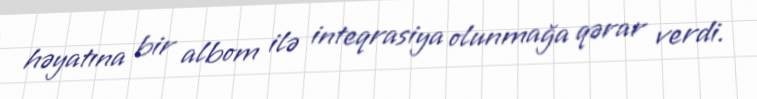
həyatına bir albom ilə inteqrasiya olunmağa qərar verdi.